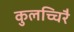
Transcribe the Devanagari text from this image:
कुलच्चिरै